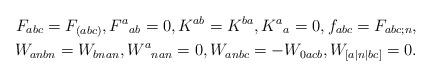
LaTeX: \begin{align*}F_{abc}=F_{(abc)},F^{a}{}_{ab}=0,K^{ab}=K^{ba},K^a{}_a=0,f_{abc}=F_{abc;n},\\ W_{anbn}=W_{bnan},W^a{}_{nan}=0,W_{anbc}=-W_{0acb},W_{[a|n|bc]}=0.\end{align*}